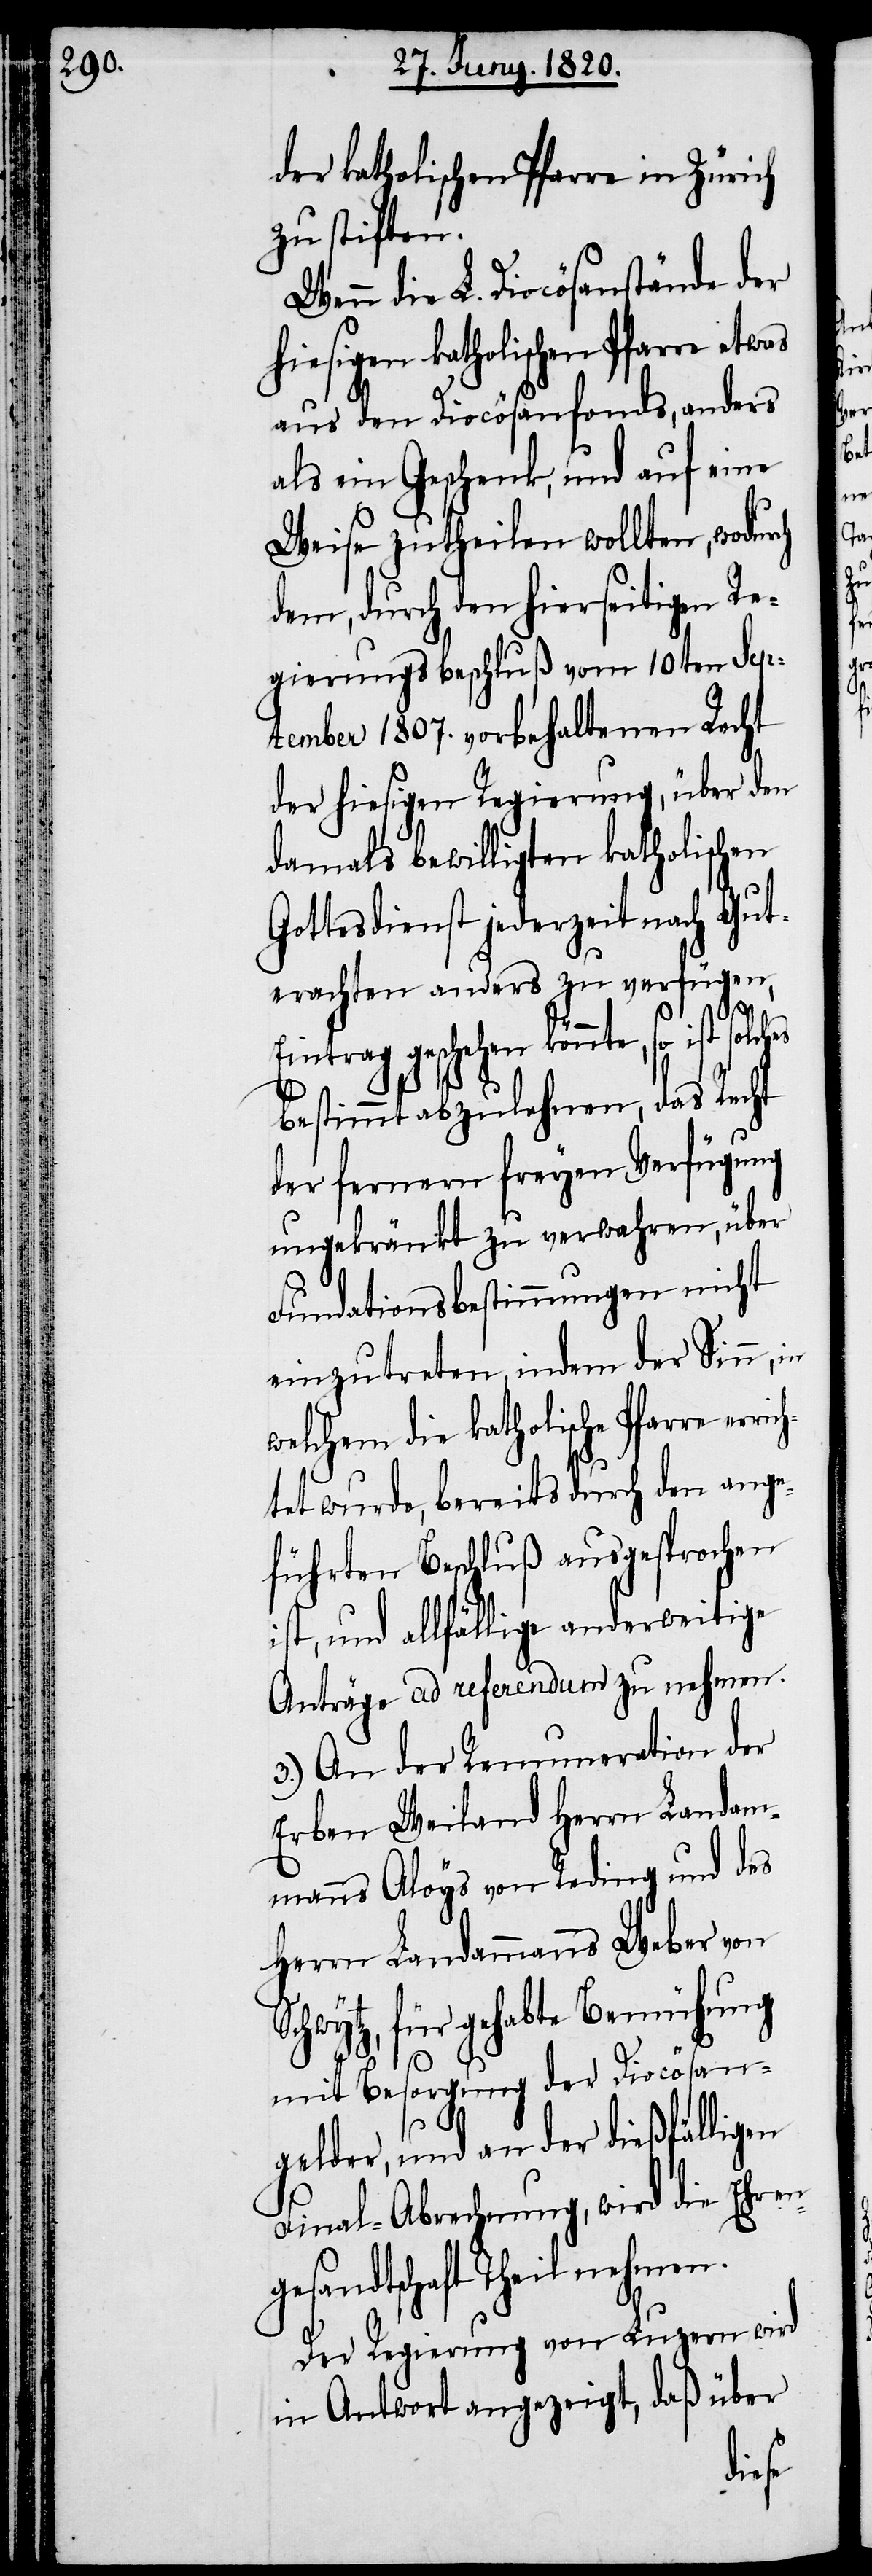
die katholischen Pfarre erric¬
zu stiften.
Wenn die L. Diocösenstände der
hiesigen katholischen Pfarre etwas
aus den Diocösenfonds, anders
als ein Geschenk, und auf eine
Weise zutheilen wollten, wodurch
dem, durch den hierseitigen Re¬
gierungsbeschluß vom 10ten Sep¬
tember 1807. vorbehaltenen Recht
der hiesigen Regierung, über den
damals bewilligten katholischen
Gottesdienst jederzeit nach Gut¬
erachten anders zu verfügen,
Eintrag geschehen könnte, so ist
bestimmt abzulehnen, das Recht
der fernern freyen Verfügung
ungekränkt zu verwahren, über
Fundationsbestimmungen nicht
einzutreten, indem der Sinn, in
htet wurde, bereits durch den ange¬
führten Beschluß ausgesprochen
ist, und allfällige anderweitige
Anträge ad Referendum zu nehmen.
3.) An der Renumeration der
Erben Weiland Herrn Landam¬
manns Aloys von Reding und des
Herrn Landammanns Weber von
Schwytz, für gehabte Bemühung
mit Besorgung der Diocösen-G¬
elder, und an der dießfälligen
Final-Abrechnung, wird die Ehren¬
gesandtschaft Theil nehmen.
Der Regierung von Luzern wird
in Antwort angezeigt, daß über